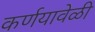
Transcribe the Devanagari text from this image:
कर्णयावेळी